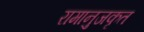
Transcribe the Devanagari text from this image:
रामानुजकृत